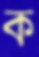
ক